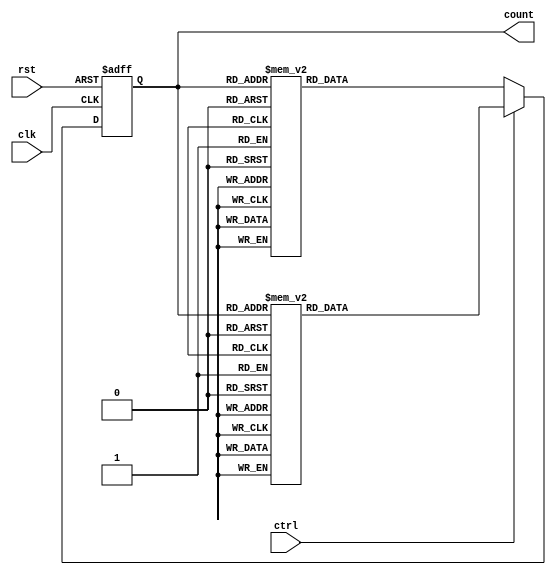
module bidirectional_gray_counter (
    input wire clk,       // Clock input
    input wire rst,       // Reset input
    input wire ctrl,      // Control signal, 1 for increment, 0 for decrement
    output reg [3:0] count // Output counter value in Gray code
);

reg [3:0] next_count;

// First flip-flop
always @(posedge clk or posedge rst) begin
    if (rst) begin
        count <= 4'b0000;
    end else begin
        count <= next_count;
    end
end

// Logic for incrementing or decrementing based on control signal
always @* begin
    if (ctrl) begin
        // Increment
        case(count)
            4'b0000: next_count = 4'b0001;
            4'b0001: next_count = 4'b0011;
            4'b0011: next_count = 4'b0010;
            4'b0010: next_count = 4'b0110;
            4'b0110: next_count = 4'b0111;
            4'b0111: next_count = 4'b0101;
            4'b0101: next_count = 4'b0100;
            4'b0100: next_count = 4'b1100;
            4'b1100: next_count = 4'b1101;
            4'b1101: next_count = 4'b1111;
            4'b1111: next_count = 4'b1110;
            4'b1110: next_count = 4'b1010;
            4'b1010: next_count = 4'b1011;
            4'b1011: next_count = 4'b1001;
            4'b1001: next_count = 4'b1000;
            4'b1000: next_count = 4'b0000;
            default: next_count = count; // Error condition
        endcase
    end else begin
        // Decrement
        case(count)
            4'b0000: next_count = 4'b1000;
            4'b1000: next_count = 4'b1001;
            4'b1001: next_count = 4'b1011;
            4'b1011: next_count = 4'b1010;
            4'b1010: next_count = 4'b1110;
            4'b1110: next_count = 4'b1111;
            4'b1111: next_count = 4'b1101;
            4'b1101: next_count = 4'b1100;
            4'b1100: next_count = 4'b0100;
            4'b0100: next_count = 4'b0101;
            4'b0101: next_count = 4'b0111;
            4'b0111: next_count = 4'b0110;
            4'b0110: next_count = 4'b0010;
            4'b0010: next_count = 4'b0011;
            4'b0011: next_count = 4'b0001;
            4'b0001: next_count = 4'b0000;
            default: next_count = count; // Error condition
        endcase
    end
end

endmodule